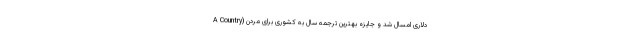
دلاری امسال شد و جایزه بهترین ترجمه سال به کشوری برای مردن (A Country